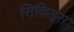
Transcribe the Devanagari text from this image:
सिकिड्स